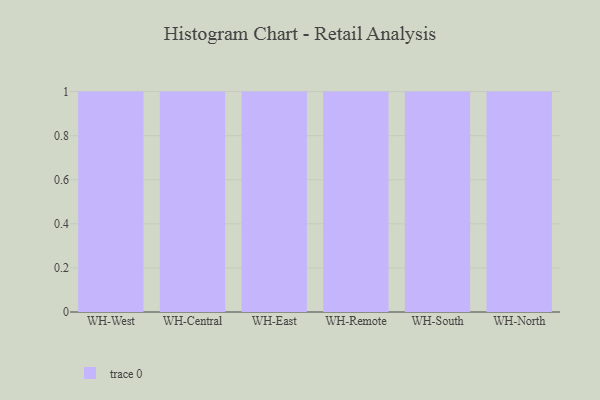
{"axis": {"x": "Warehouse", "y": "LTV (USD)"}, "legend": [""], "data": [{"x": "WH-West", "y": 29, "type": ""}, {"x": "WH-Central", "y": 58, "type": ""}, {"x": "WH-East", "y": 61, "type": ""}, {"x": "WH-Remote", "y": 48, "type": ""}, {"x": "WH-South", "y": 1, "type": ""}, {"x": "WH-North", "y": 78, "type": ""}]}